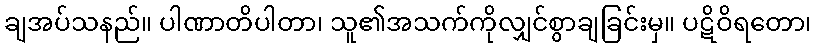
ချအပ်သနည်။ ပါဏာတိပါတာ၊ သူ၏အသက်ကိုလျှင်စွာချခြင်းမှ။ ပဋိဝိရတော၊